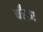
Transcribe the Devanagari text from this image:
चौक।